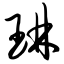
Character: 琳